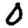
Digit: 0